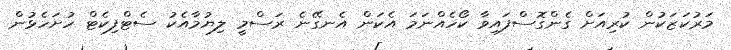
މަރުކަޒަކުން ކުރިއަށް ގެންގޮސްފައިވާ ކޯހެއްނަމަ އެކަން އެނގޭނެ ރަސްމީ ލިޔުމާއެކު ސެޓްފިކެޓް ހުށަހެޅުން